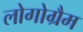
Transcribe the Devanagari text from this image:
लोगोग्रैम